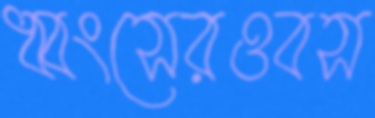
ধ্বংসেরওবস